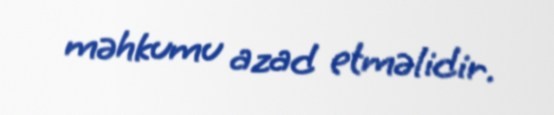
məhkumu azad etməlidir.